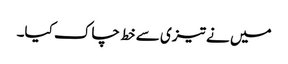
میں نے تیزی سے خط چاک کیا۔